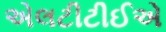
એલટીટીઈએ